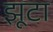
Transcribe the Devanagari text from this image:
झूटा